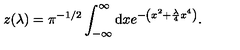
z ( \lambda ) = \pi ^ { - 1 / 2 } \int _ { - \infty } ^ { \infty } \mathrm { d } x e ^ { - \left( x ^ { 2 } + { \frac { \lambda } { 4 } } x ^ { 4 } \right) } .